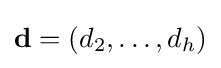
\mathbf {d} =(d_{2},\ldots ,d_{h})